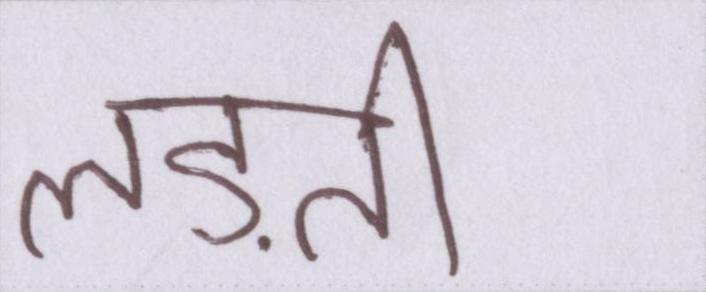
लड़ती